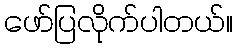
ဖော်ပြလိုက်ပါတယ်။